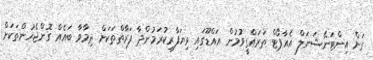
ގަން އިންޓަނޭޝަނަލް އެއާޕޯޓް ތަރައްގީވުމުން އައްޑޫގައި ވިޔަފާރިކުރަމުންދާ ފަރާތްތަކަށް ދިމާވާ ބައެއް ގޮންޖެހުންތަކަށް